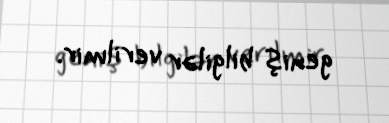
geniş bilgilər verilmir.